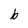
Character: b